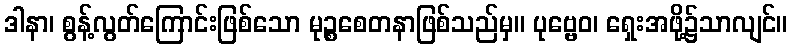
ဒါနာ၊ စွန့်လွတ်ကြောင်းဖြစ်သော မုဉ္စစေတနာဖြစ်သည်မှ။ ပုဗ္ဗေဝ၊ ရှေးအဖို့၌သာလျင်။